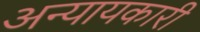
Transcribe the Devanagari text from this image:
अन्यायकारी